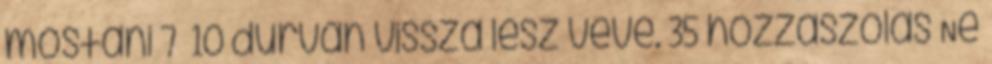
mostani 7 10 durván vissza lesz véve. 35 hozzászólás Ne